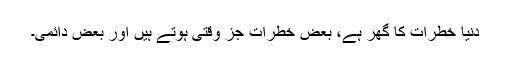
دنیا خطرات کا گھر ہے، بعض خطرات جز وقتی ہوتے ہیں اور بعض دائمی۔